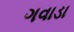
ગવાડા